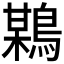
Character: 𪃏